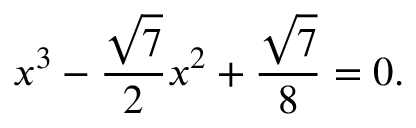
x ^ { 3 } - { \frac { \sqrt { 7 } } { 2 } } x ^ { 2 } + { \frac { \sqrt { 7 } } { 8 } } = 0 .